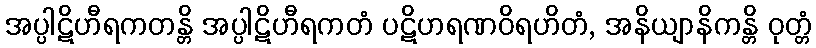
အပ္ပါဋိဟီရကတန္တိ အပ္ပါဋိဟီရကတံ ပဋိဟရဏဝိရဟိတံ, အနိယျာနိကန္တိ ဝုတ္တံ